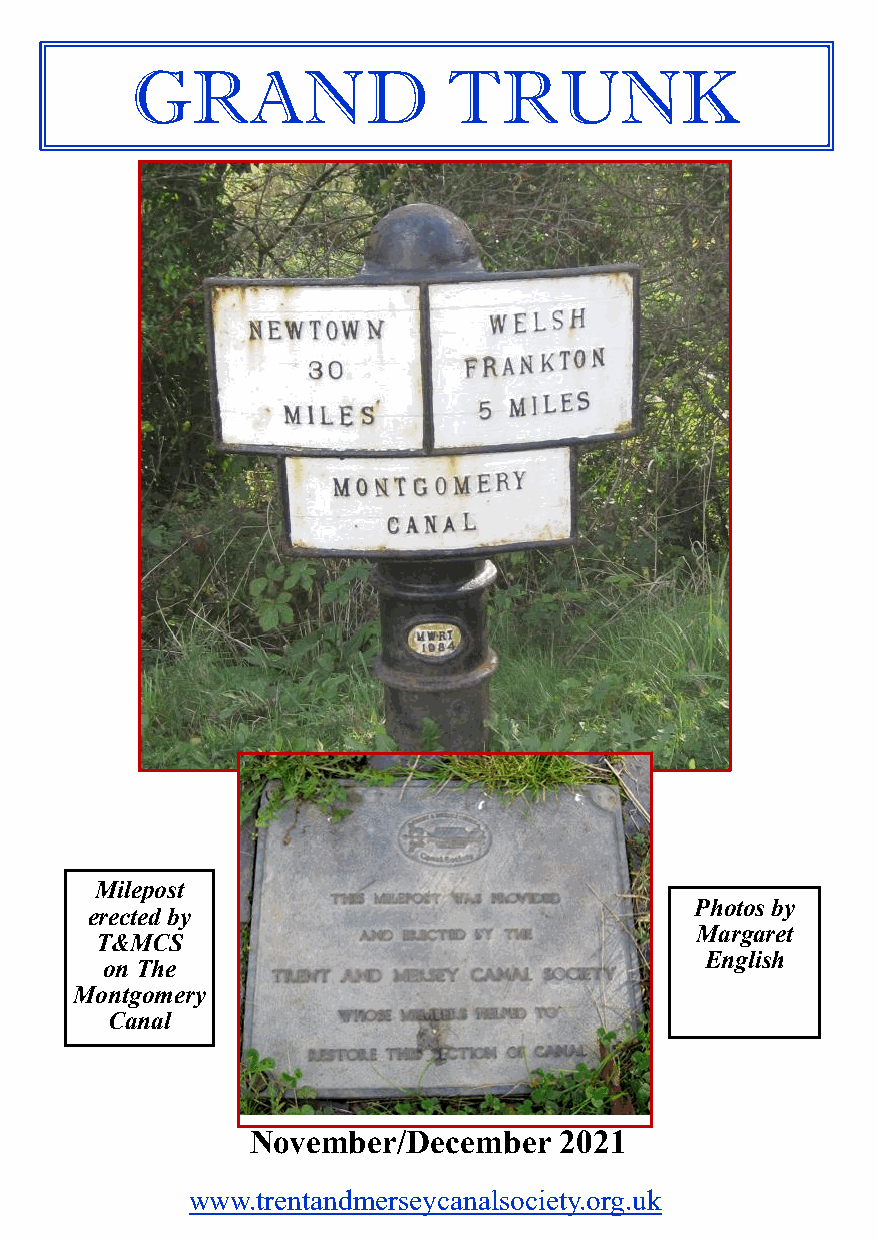
GRAND                TRUNK
 Milepost
 Photos by
 erected by
 Margaret
 T&MCS
 English
 on The
 Montgomery
 Canal
 November/December   2021
 www.trentandmerseycanalsociety.org.uk